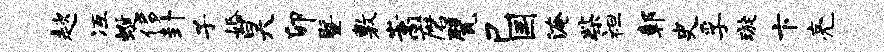
趑冱蜒侈卦子婚昊卯暨敷嵩磨甓己国淹柴袒鄣史孚璇卞亮